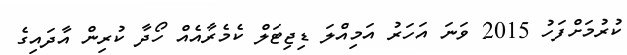
ކުރުމަށްފަހު 2015 ވަނަ އަހަރު އަމިއްލަ ޑިޖިޓަލް ކެމެރާއެއް ހޯދާ ކުރިން އާދައިގެ